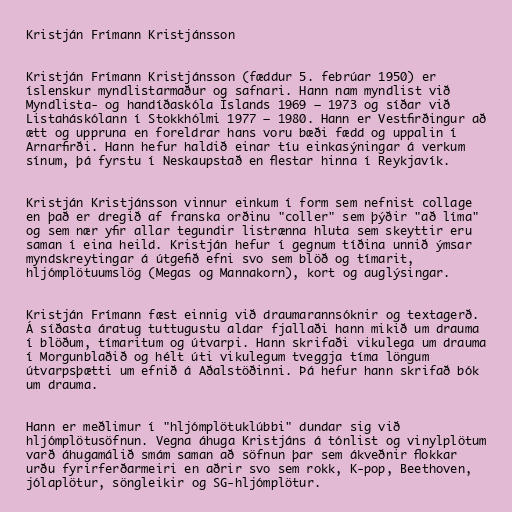
Kristján Frímann Kristjánsson

Kristján Frímann Kristjánsson (fæddur 5. febrúar 1950) er
íslenskur myndlistarmaður og safnari. Hann nam myndlist við
Myndlista- og handíðaskóla Íslands 1969 – 1973 og síðar við
Listaháskólann í Stokkhólmi 1977 – 1980. Hann er Vestfirðingur að
ætt og uppruna en foreldrar hans voru bæði fædd og uppalin í
Arnarfirði. Hann hefur haldið einar tíu einkasýningar á verkum
sínum, þá fyrstu í Neskaupstað en flestar hinna í Reykjavík.

Kristján Kristjánsson vinnur einkum í form sem nefnist collage
en það er dregið af franska orðinu "coller" sem þýðir "að líma"
og sem nær yfir allar tegundir listrænna hluta sem skeyttir eru
saman í eina heild. Kristján hefur í gegnum tíðina unnið ýmsar
myndskreytingar á útgefið efni svo sem blöð og tímarit,
hljómplötuumslög (Megas og Mannakorn), kort og auglýsingar.

Kristján Frímann fæst einnig við draumarannsóknir og textagerð.
Á síðasta áratug tuttugustu aldar fjallaði hann mikið um drauma
í blöðum, tímaritum og útvarpi. Hann skrifaði vikulega um drauma
í Morgunblaðið og hélt úti vikulegum tveggja tíma löngum
útvarpsþætti um efnið á Aðalstöðinni. Þá hefur hann skrifað bók
um drauma.

Hann er meðlimur í "hljómplötuklúbbi" dundar sig við
hljómplötusöfnun. Vegna áhuga Kristjáns á tónlist og vinylplötum
varð áhugamálið smám saman að söfnun þar sem ákveðnir flokkar
urðu fyrirferðarmeiri en aðrir svo sem rokk, K-pop, Beethoven,
jólaplötur, söngleikir og SG-hljómplötur.